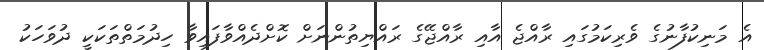
އެ މަނިކުފާނުގެ ވެރިކަމުގައި ރާއްޖެ އާއި ރާއްޖޭގެ ރައްޔިތުންނަށް ކޮށްދެއްވާފައިވާ ހިދުމަތްތަކަކީ ދުވަހަކު